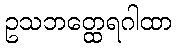
ဥသဘတ္ထေရဂါထာ